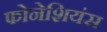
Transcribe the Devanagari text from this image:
फोनेशियंस